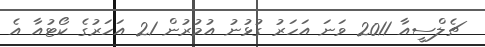
ޗެލްސީއާ 2011 ވަނަ އަހަރު ގުޅުނު އުމުރުން 21 އަހަރުގެ ކޯޓުއާ އެ